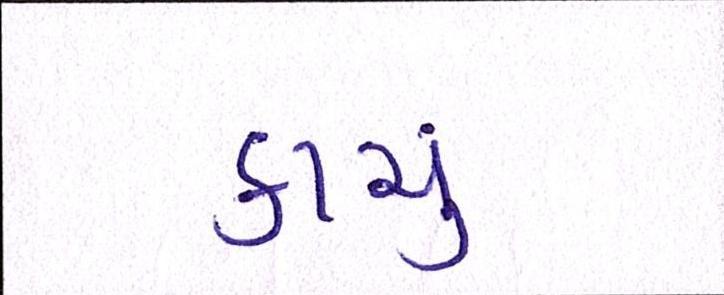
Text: કાચું